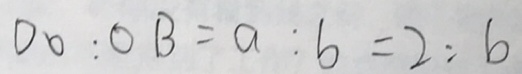
D O : O B = a : b = 2 : 6